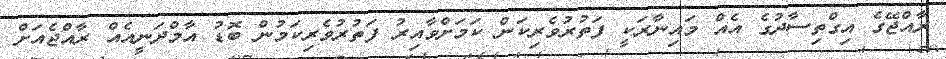
ރާއްޖޭގެ އިގްތިސާދުގެ އެއް މައިނާރަކީ ފަތުރުވެރިކަން ކަމަށްވާއިރު ފަތުރުވެރިކަމުން ބޮޑު އާމްދަނީއެއް ރާއްޖެއަށް